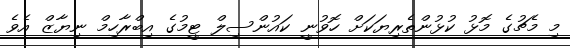
މި މެޗުގެ މޮޅު ކުޅުންތެރިޔަކަށް ހޮވުނީ ކައުންސިލް ޓީމުގެ އިބްރާހިމް ނިޔާޒް އެވެ